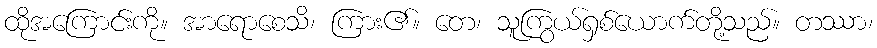
ထိုအကြောင်းကို။ အာရောစေသိ၊ ကြား၏။ တေ၊ သူကြွယ်ရှစ်ယောက်တို့သည်။ တဿာ၊